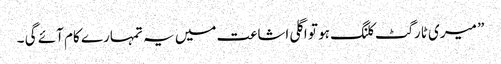
” میری ٹارگٹ کلنگ ہو تو اگلی اشاعت میں یہ تمہارے کام آئے گی ۔